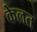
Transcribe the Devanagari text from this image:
केलत